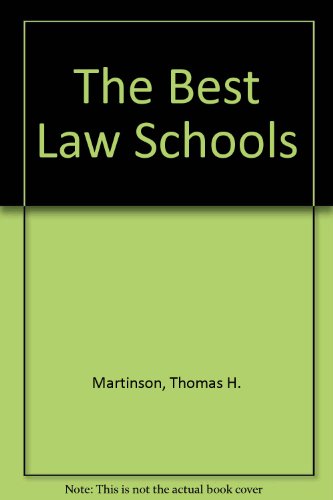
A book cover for The Best Law Schools; Thomas H. Martinson; Education & Teaching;